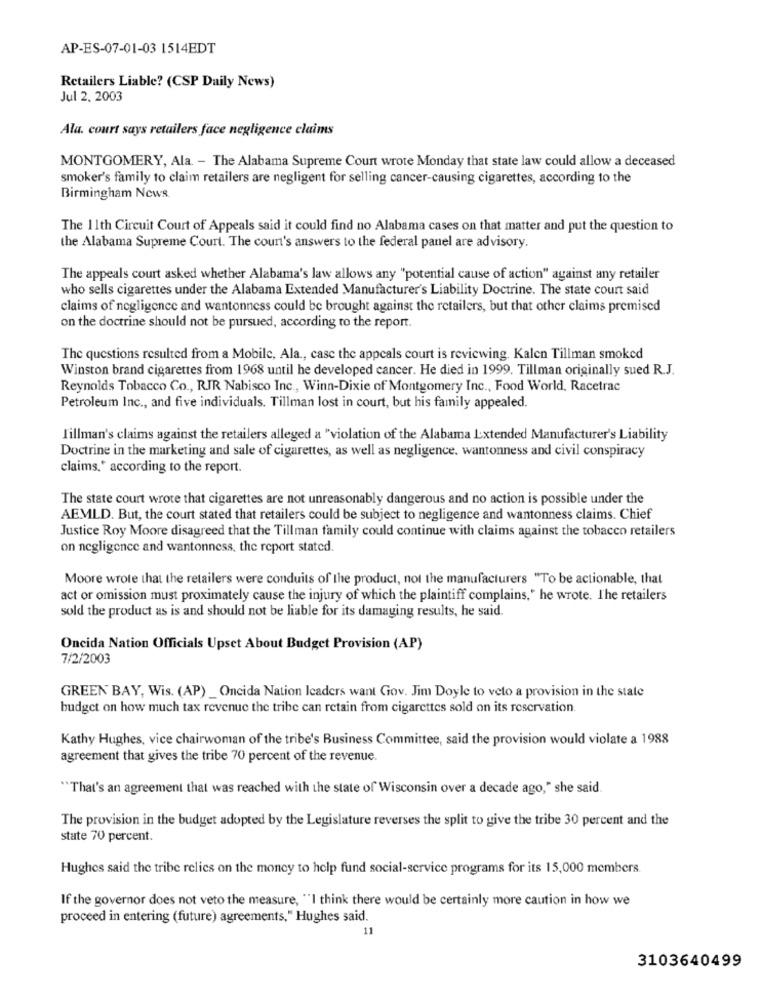
AP-ES-07-01-03 1514EDT
Retailers Liable? (CSP Daily News)
Jul 2. 2003
Ala. court says retailers face negligence claims
MONTGOMERY, Ala. - The Alabama Supreme Court wrote Monday that state law could allow a deceased
smoker's family to claim retailers are negligent for selling cancer-causing cigarettes, according to the
Birmingham News
The 11th Circuit Court of Appeals said it could find no Alabama cases on that matter and put the question to
the Alabama Supreme Court. The coun's answers to the federal panel are advisory.
The appeals court asked whether Alabama's law allows any "potential cause of action" against any retailer
who sells cigarettes under the Alabama Extended Manufacturer's Liability Doctrine. The state court said
claims of negligence and wantonness could be brought against the retailers, but that other claims premised
on the doctrine should not be pursued, according to the report.
The questions resulted from a Mobile, Ala ., case the appeals court is reviewing. Kalen Tillman smoked
Winston brand cigarettes from 1968 until he developed cancer. He died in 1999. Tillman originally sued R.J.
Reynolds Tobacco Co ., RJR Nabisco Inc ., Winn-Dixie of Montgomery Inc ., Food World, Racetrac
Petroleum Inc ., and five individuals. Tillman lost in court, but his family appealed.
Tillman's claims against the retailers alleged a "violation of the Alabama Lxtended Manufacturer's Liability
Doctrine in the marketing and sale of cigarettes, as well as negligence. wantonness and civil conspiracy
claims." according to the report.
The state court wrote that cigarettes are not unreasonably dangerous and no action is possible under the
AEMLD. But, the court stated that retailers could be subject to negligence and wantonness claims. Chief
Justice Roy Moore disagreed that the Tillman family could continue with claims against the tobacco retailers
on negligence and wantonness, the report stated.
Moore wrote that the retailers were conduits of the product, not the manufacturers "To be actionable, that
act or omission must proximately cause the injury of which the plaintiff complains," he wrote. The retailers
sold the product as is and should not be liable for its damaging results, he said.
Oncida Nation Officials Upset About Budget Provision (AP)
7/2/2003
GREEN BAY, Wis. (AP) _ Oncida Nation leaders want Gov. Jim Doyle to veto a provision in the state
budget on how much tax revenue the tribe can retain from cigarettes sold on its reservation.
Kathy Hughes, vice chairwoman of the tribe's Business Committee, said the provision would violate a 1988
agreement that gives the tribe 70 percent of the revenue.
"That's an agreement that was reached with the state of Wisconsin over a decade ago," she said
The provision in the budget adopted by the Legislature reverses the split to give the tribe 30 percent and the
state 70 percent.
Hughes said the tribe relies on the money to help fund social-service programs for its 15,000 members.
If the governor does not veto the measure, "I think there would be certainly more caution in how we
proceed in entering (future) agreements." Hughes said.
11
3103640499